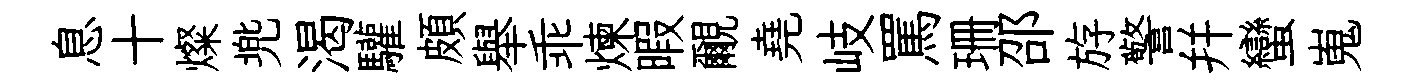
息十燦兠渴驩頗舉乖煉暇覼堯岐罵珊邵斿警幷蠻嵬